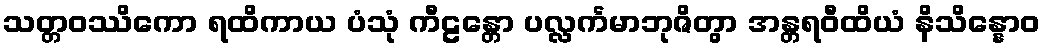
သတ္တဝဿိကော ရထိကာယ ပံသုံ ကီဠန္တော ပလ္လင်္ကမာဘုဇိတွာ အန္တရဝီထိယံ နိသိန္နောဝ